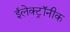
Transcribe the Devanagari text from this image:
ईलेक्ट्रॉनीक